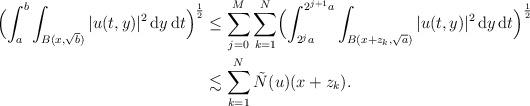
LaTeX: \begin{align*}\Bigl(\int_a^b\int_{B(x,\sqrt{b})} |u(t,y)|^2\,{\rm d}y\,{\rm d}t\Bigr)^{\frac{1}{2}}&\leq \sum_{j=0}^M \sum_{k=1}^N \Bigl(\int_{2^ja}^{2^{j+1}a} \int_{B(x+z_k,\sqrt{a})} |u(t,y)|^2\,{\rm d}y\,{\rm d}t\Bigr)^{\frac{1}{2}}\\&\lesssim \sum_{k=1}^N \tilde{N}(u)(x+z_k).\end{align*}